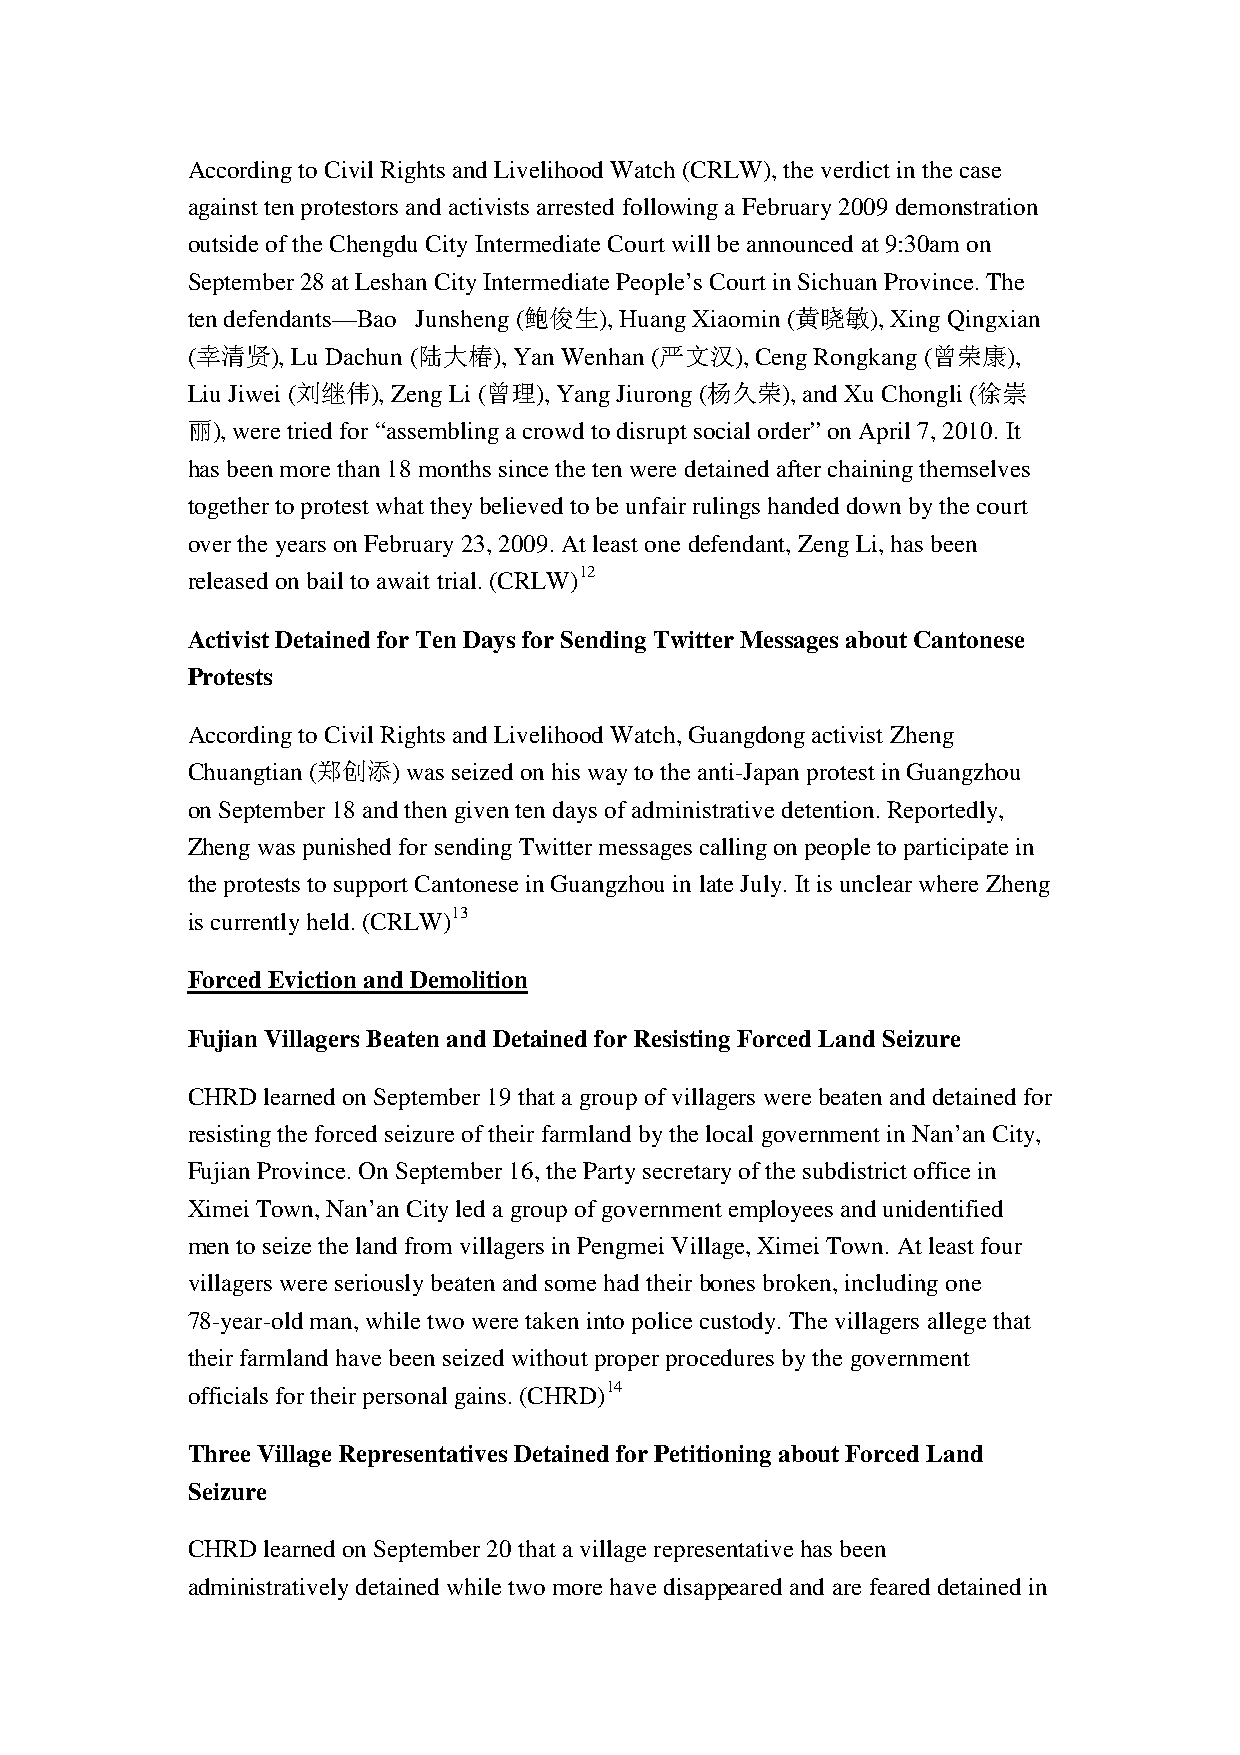
According to Civil Rights and Livelihood Watch (CRLW), the verdict in the case
 against ten protestors and activists arrested following a February 2009 demonstration
 outside of the Chengdu City Intermediate Court will be announced at 9:30am on
 September 28 at Leshan City Intermediate People’s Court in Sichuan Province. The
 ten defendants—Bao Junsheng (鲍俊生), Huang Xiaomin (黄晓敏), Xing Qingxian
 (幸清贤), Lu Dachun (陆大椿), Yan Wenhan (严文汉), Ceng Rongkang (曾荣康),
 Liu Jiwei (刘继伟), Zeng Li (曾理), Yang Jiurong (杨久荣), and Xu Chongli (徐崇
 丽), were tried for “assembling a crowd to disrupt social order” on April 7, 2010. It
 has been more than 18 months since the ten were detained after chaining themselves
 together to protest what they believed to be unfair rulings handed down by the court
 over the years on February 23, 2009. At least one defendant, Zeng Li, has been
 released on bail to await trial. (CRLW)12
 Activist Detained for Ten Days for Sending Twitter Messages about Cantonese
 Protests
 According to Civil Rights and Livelihood Watch, Guangdong activist Zheng
 Chuangtian (郑创添) was seized on his way to the anti-Japan protest in Guangzhou
 on September 18 and then given ten days of administrative detention. Reportedly,
 Zheng was punished for sending Twitter messages calling on people to participate in
 the protests to support Cantonese in Guangzhou in late July. It is unclear where Zheng
 is currently held. (CRLW)13
 Forced Eviction and Demolition
 Fujian Villagers Beaten and Detained for Resisting Forced Land Seizure
 CHRD learned on September 19 that a group of villagers were beaten and detained for
 resisting the forced seizure of their farmland by the local government in Nan’an City,
 Fujian Province. On September 16, the Party secretary of the subdistrict office in
 Ximei Town, Nan’an City led a group of government employees and unidentified
 men to seize the land from villagers in Pengmei Village, Ximei Town. At least four
 villagers were seriously beaten and some had their bones broken, including one
 78-year-old man, while two were taken into police custody. The villagers allege that
 their farmland have been seized without proper procedures by the government
 officials for their personal gains. (CHRD)14
 Three Village Representatives Detained for Petitioning about Forced Land
 Seizure
 CHRD learned on September 20 that a village representative has been
 administratively detained while two more have disappeared and are feared detained in